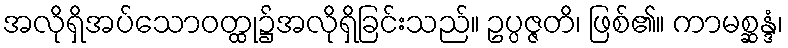
အလိုရှိအပ်သောဝတ္ထု၌အလိုရှိခြင်းသည်။ ဥပ္ပဇ္ဇတိ၊ ဖြစ်၏။ ကာမစ္ဆန္ဒံ၊